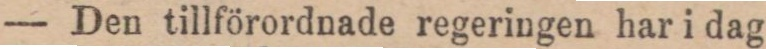
— Den tillförordnade regeringen har i dag